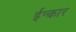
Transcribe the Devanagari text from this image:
ईन्कार